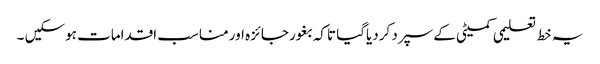
یہ خط تعلیمی کمیٹی کے سپرد کردیاگیا تاکہ بغور جائزہ اور مناسب اقدامات ہوسکیں ۔